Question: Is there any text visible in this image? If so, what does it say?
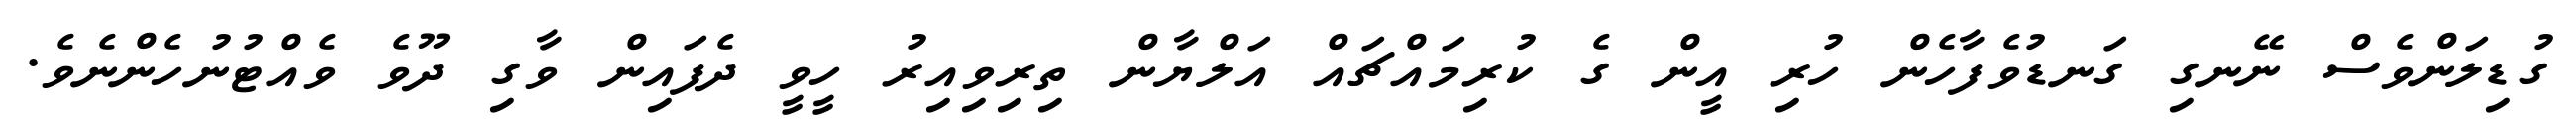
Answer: ގުޑިލަންވެސް ނޭނގި ގަނޑުވެފާހެން ހުރި އީން ގެ ކުރިމައްޗައް އަލްޔާން ތިރިވިއިރު ހީވީ ދެފައިން ވާގި ދޫވެ ވެއްޓުނުހެންނެވެ.